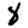
Digit: 8